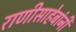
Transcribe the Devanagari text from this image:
राणीसाहेबांनी